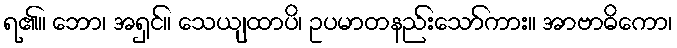
ရ၏။ ဘော၊ အရှင်။ သေယျထာပိ၊ ဥပမာတနည်းသော်ကား။ အာဗာဓိကော၊